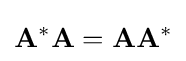
\mathbf {A} ^{*}\mathbf {A} =\mathbf {A} \mathbf {A} ^{*}